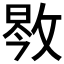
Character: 𱡝